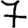
Digit: 7